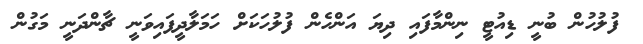
ފުލުހުން ބުނީ ޑިއުޓީ ނިންމާފައި ދިޔަ އަންހެން ފުލުހަކަށް ހަމަލާދީފައިވަނީ ޗާންދަނީ މަގުން